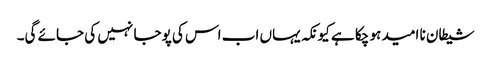
شیطان نا امید ہو چکا ہے کیونکہ یہاں اب اس کی پوجا نہیں کی جائے گی۔